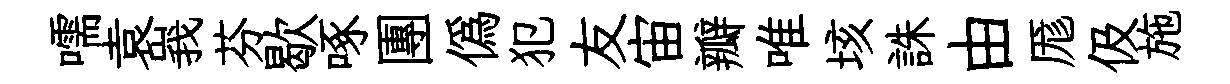
嚅袁峩芬歇啄團僞犯友宙瓣唯垓誅由厖伋施